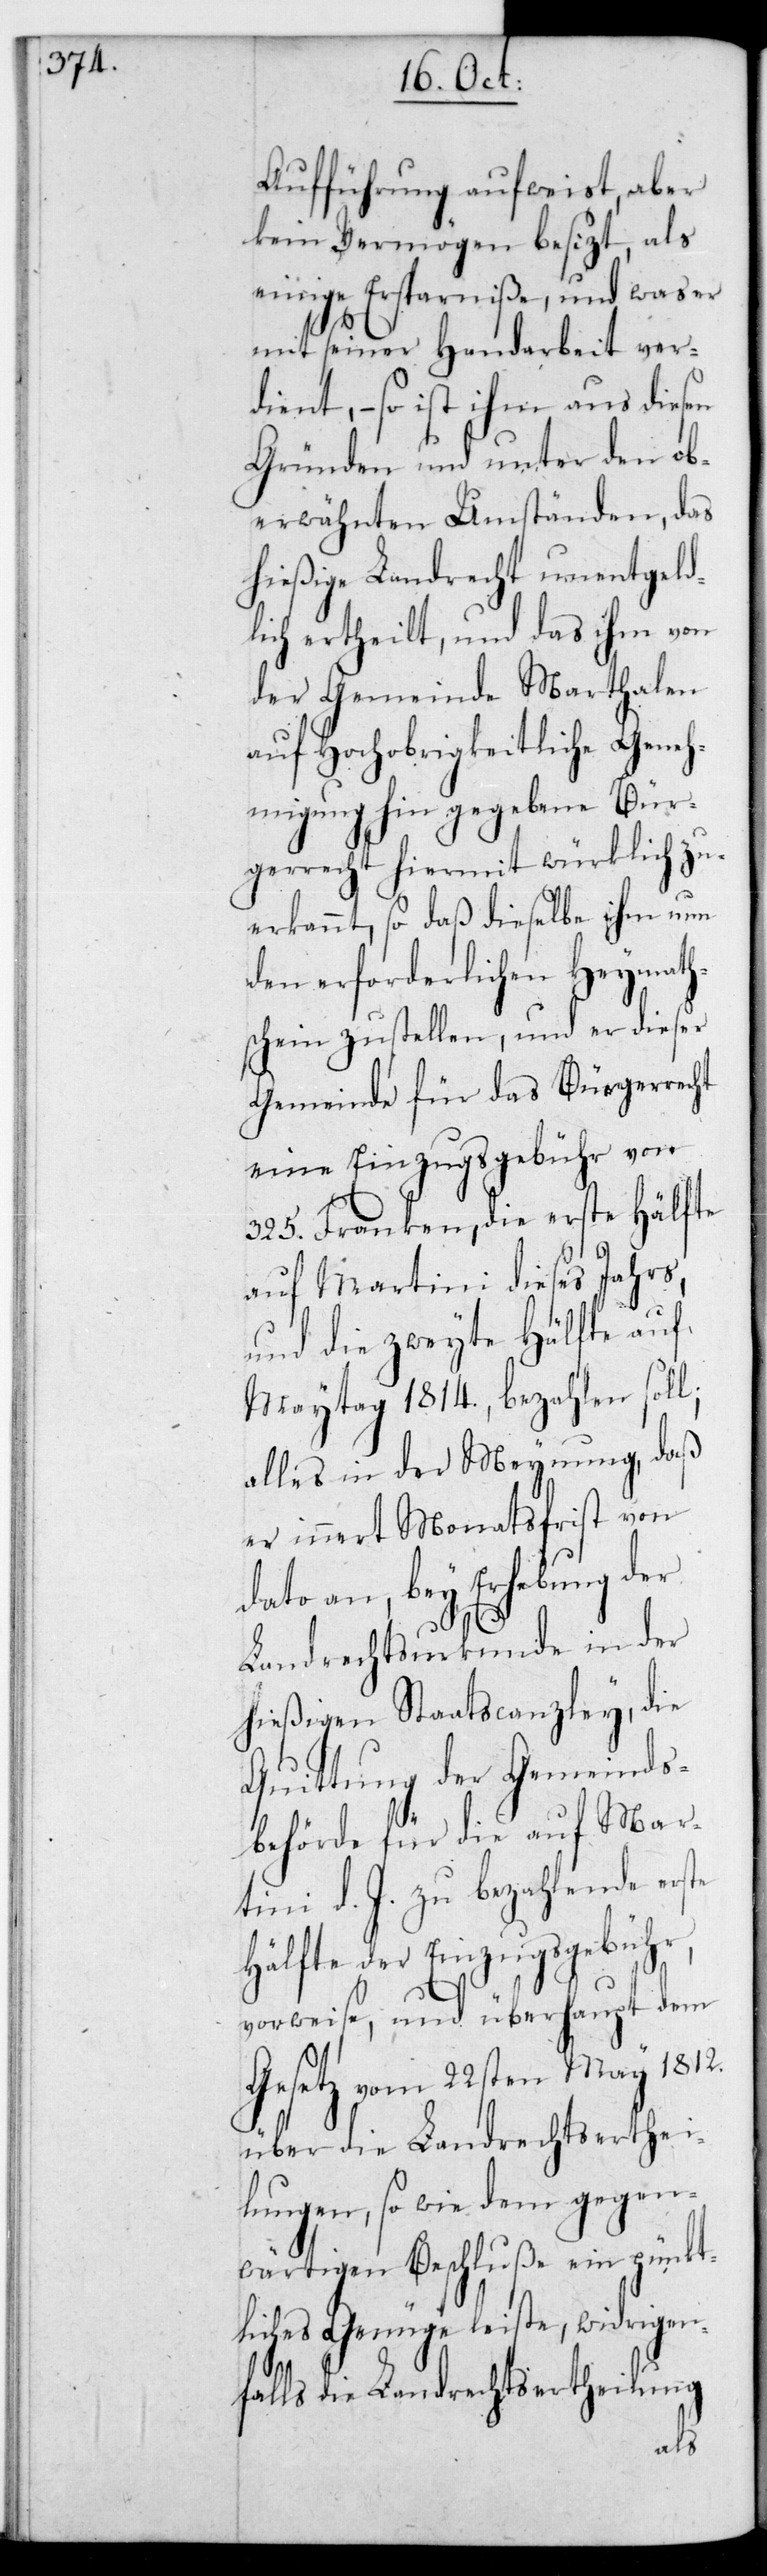
Aufführung aufweist, aber
kein Vermögen besizt, als
einige Ersparniße, und was er
mit seiner Handarbeit ver¬
dient, – so ist ihm aus diesen
Gründen und unter den ob¬
erwähnten Umständen, das
hießige Landrecht unentgeld¬
lich ertheilt, und das ihm von
der Gemeinde Marthalen
auf Hochobrigkeitliche Geneh¬
migung hin gegebene Bür¬
gerrecht hiermit würklich zu¬
erkannt, so daß dieselbe ihm nun
den erforderlichen Heymath¬
schein zustellen, und er dieser
Gemeinde für das Bürgerrecht
eine Einzugsgebühr von
325 Franken, die erste Hälfte
auf Martini dieses Jahrs,
und die zweyte Hälfte auf
Maytag 1814, bezahlen soll;
alles in der Meynung, daß
er innert Monatsfrist von
dato an, bey Erhebung der
Landrechtsurkunde in der
hießigen Staatscanzley, die
Quittung der Gemeinds¬
behörde für die auf Mar¬
tini d. J. zu bezahlende erste
Hälfte der Einzugsgebühr,
vorweise, und überhaupt dem
Gesetz vom 22sten May 1812
über die Landrechtserthei¬
lungen, so wie dem gegen¬
wärtigen Beschluße ein pünkt¬
liches Genüge leiste, widrigen¬
falls die Landrechtsertheilung